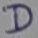
Text: D